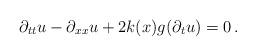
LaTeX: \begin{align*}\partial_{tt} u - \partial_{xx} u + 2 k(x) g(\partial_t u)=0\,.\end{align*}